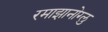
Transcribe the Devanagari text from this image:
रमाझानोग्लु